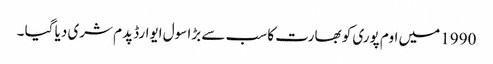
1990 میں اوم پوری کو بھارت کا سب سے بڑا سول ایوارڈ پدم شری دیا گیا ۔